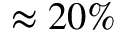
\approx 2 0 \%